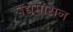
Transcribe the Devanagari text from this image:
पद्यमासन